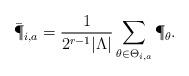
LaTeX: \begin{align*}\bar\P_{i,a}=\frac{1}{2^{r-1}|\Lambda|}\sum\limits_{\theta\in \Theta_{i,a}}\P_\theta.\end{align*}